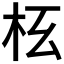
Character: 𣏳